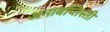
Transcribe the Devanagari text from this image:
अनाबप्तिस्ती